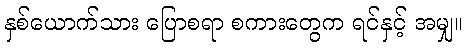
နှစ်ယောက်သား ပြောစရာ စကားတွေက ရင်နှင့် အမျှ။